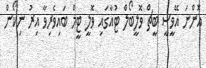
އޮންނަ އޭވީސީ ބީޗް ވޮލީބޯލް ޓުއާގައި ވޮލީ ޓީމް ބައިވެރިވާ އިރު ނިކޯން